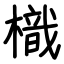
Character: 樴